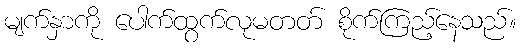
မျက်နှာကို ပေါက်ထွက်လုမတတ် စိုက်ကြည့်နေသည်။